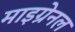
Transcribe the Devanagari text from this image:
माइग्रेनल